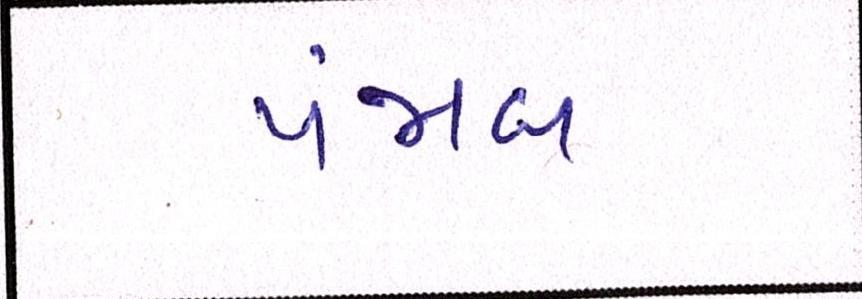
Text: પંજાબ